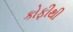
કોફીથી